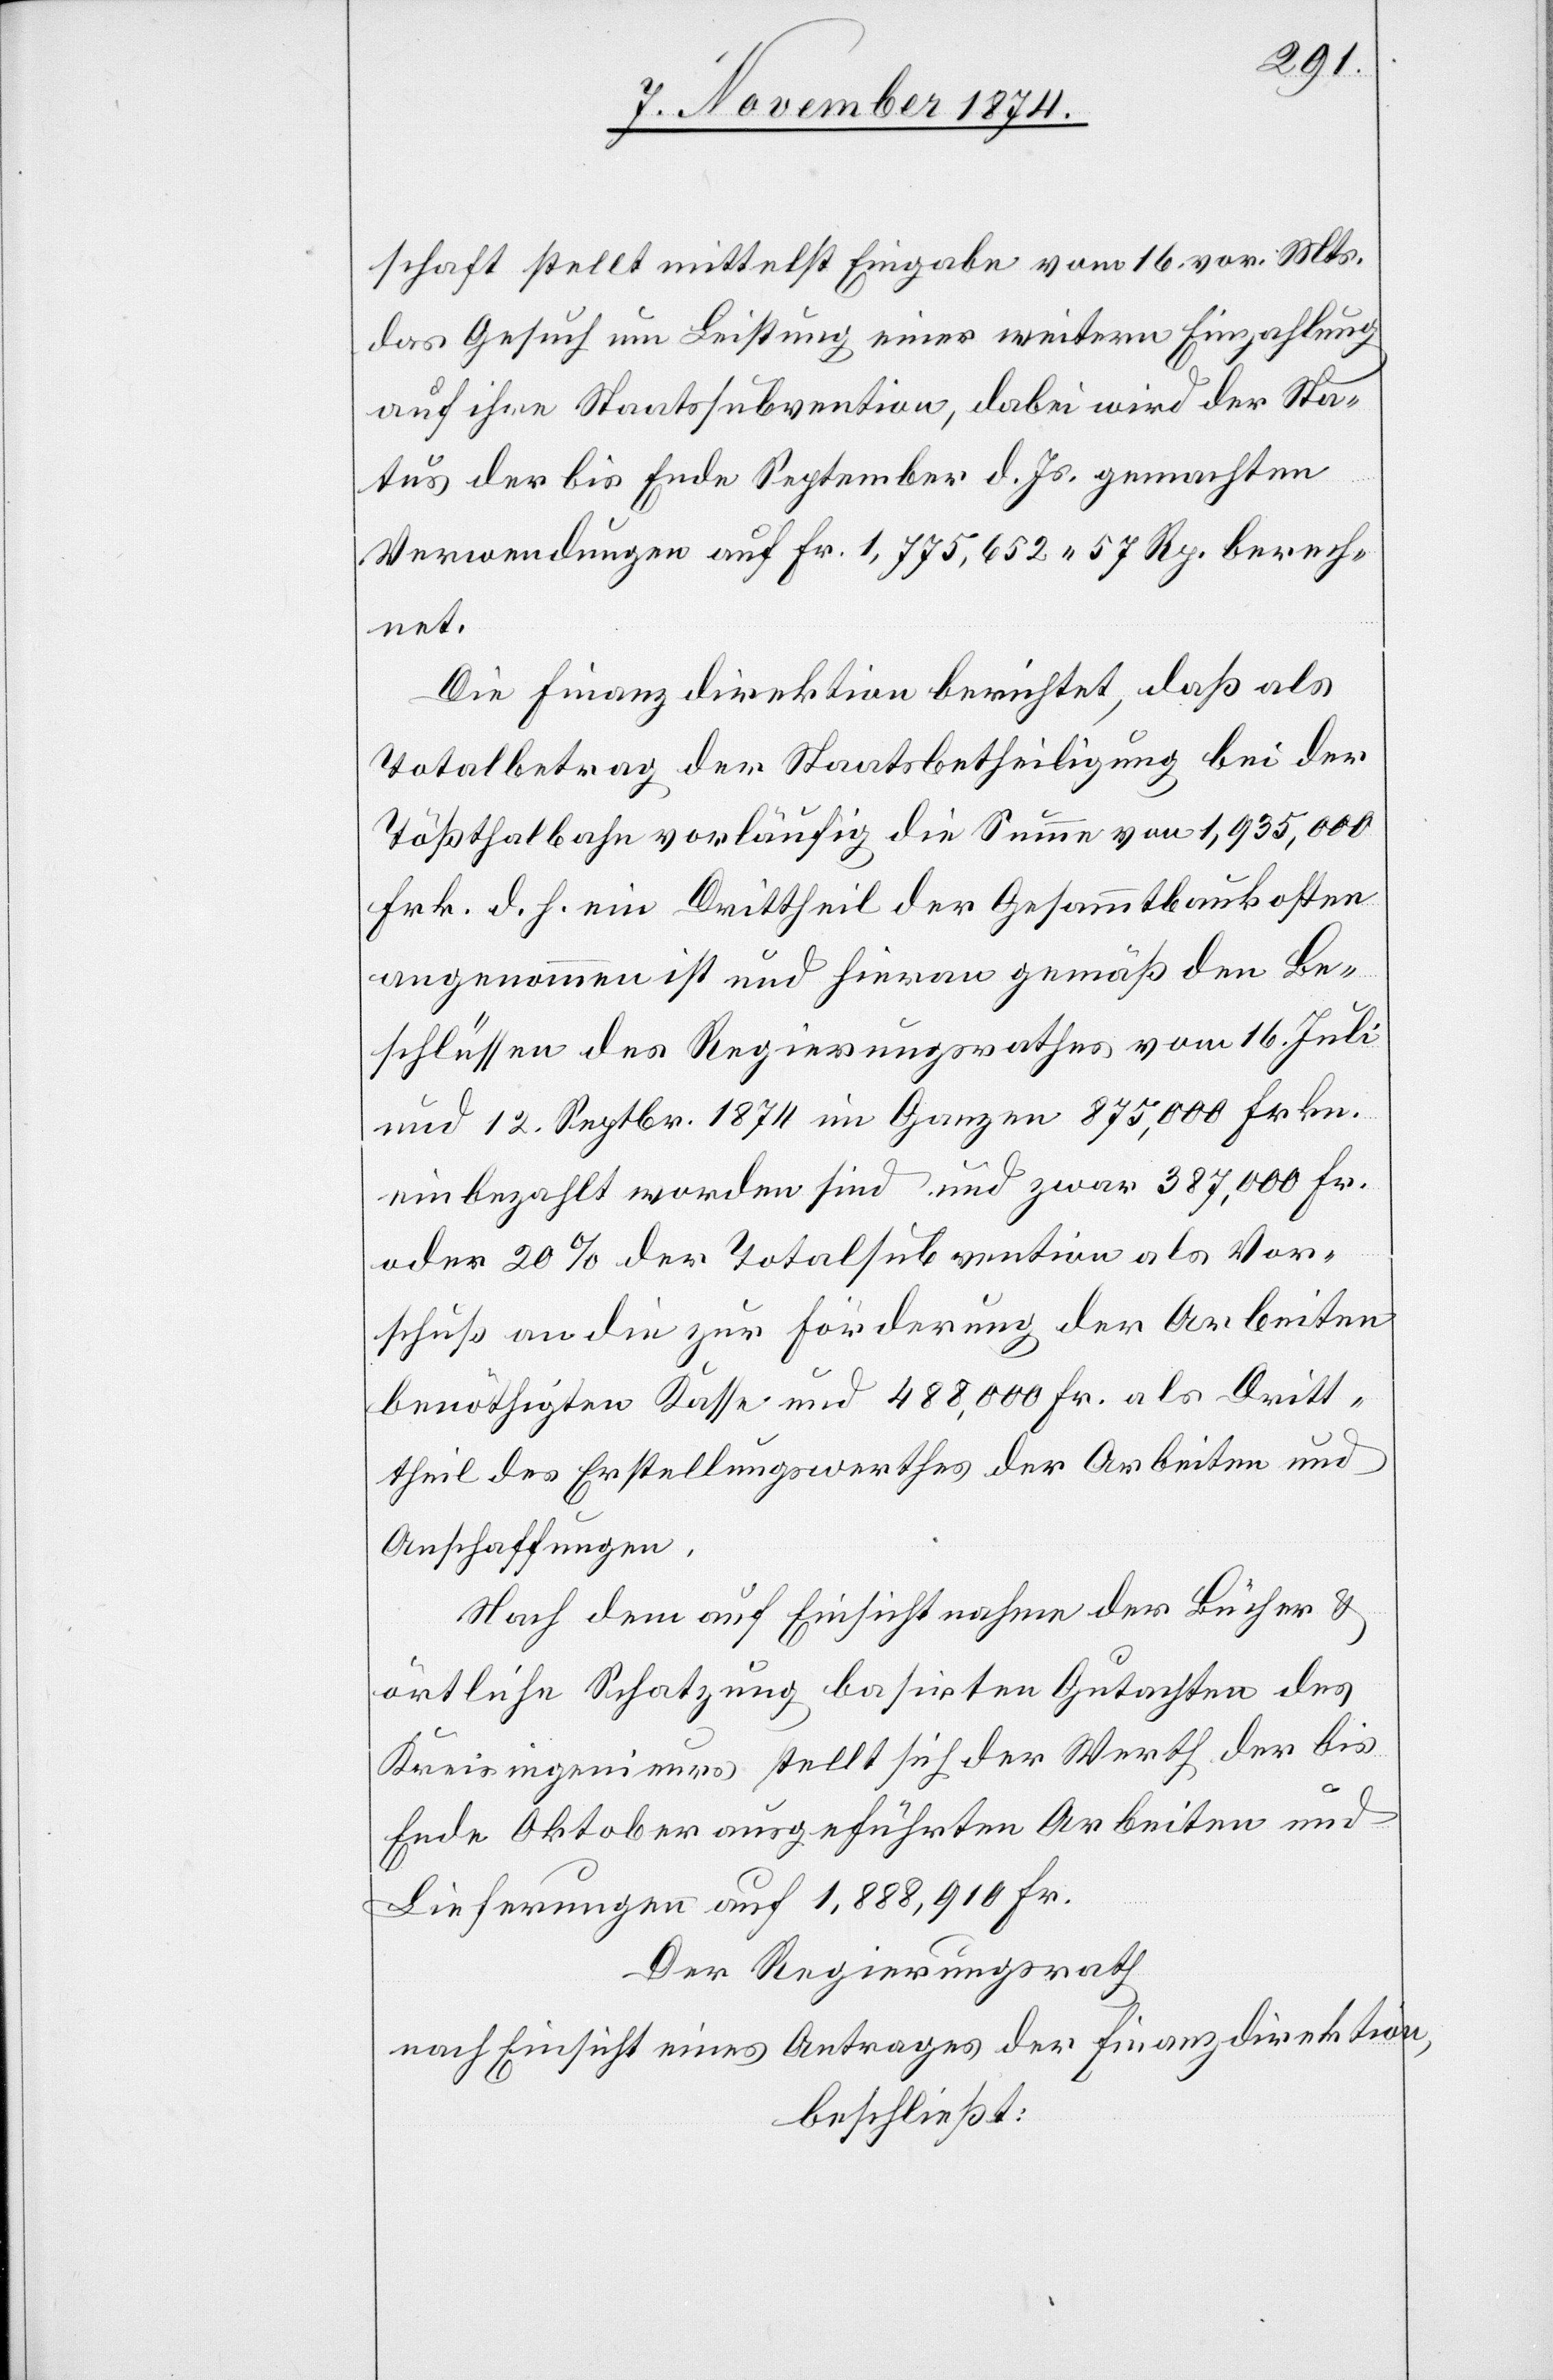
schaft stellt mittelst Eingabe vom 16. vor. Mts.
das Gesuch um Leistung einer weitern Einzahlung
auf ihre Staatssubvention, dabei wird der Sta¬
tus der bis Ende September d. Js. gemachten
Verwendungen auf Fr. 1,775,625. 57 Rp. berech¬
net.
Die Finanzdirektion berichtet, daß als
Totalbetrag der Staatsbetheiligung bei der
Tößthalbahn vorläufig die Summe von 1,935,000
Frk. d. h. ein Drittheil der Gesammtbaukosten
angenommen ist und hievon gemäß den Be¬
schlüssen des Regierungsrathes vom 16. Juli
und 12. Septbr. 1874 im Ganzen 875,000 Frkn.
einbezahlt worden sind und zwar 387,000 Fr.
oder 20% der Totalsubvention als Vor¬
schuß an die zur Förderung der Arbeiten
benöthigten Kasse und 488,000 Fr. als Dritt¬
theil des Erstellungswerthes der Arbeiten und
Anschaffungen.
Nach dem auf Einsichtnahme der Bücher &
örtliche Schatzung basirten Gutachten des
Kreisingenieurs stellt sich der Werth der bis
Ende Oktober ausgeführten Arbeiten und
Lieferungen auf 1,888,910 Fr.
Der Regierungsrath
nach Einsicht eines Antrages der Finanzdirektion,
beschließt: